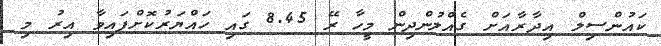
ކައުންސިލް އިދާރާއަށް ގެއްލުންދިން މީހާ ރޭ 8.45 ގައި ހައްޔަރުކޮށްފައިވާ އިރު މި